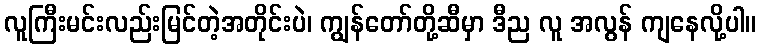
လူကြီးမင်းလည်းမြင်တဲ့အတိုင်းပဲ၊ ကျွန်တော်တို့ဆီမှာ ဒီည လူ အလွန် ကျနေလို့ပါ။